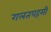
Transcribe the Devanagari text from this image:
गलतपहमी